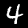
Label: 4